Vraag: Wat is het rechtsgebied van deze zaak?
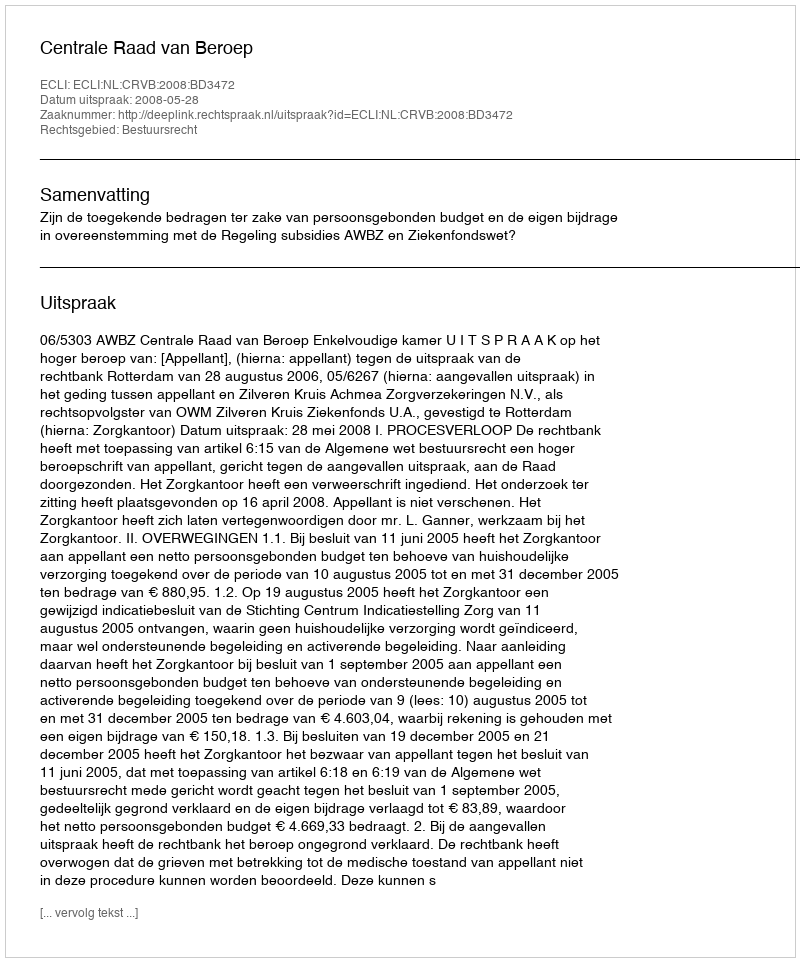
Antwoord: Bestuursrecht